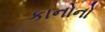
કાનોનો